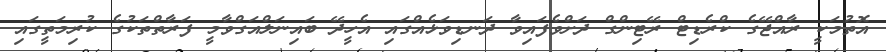
އޮތުމަކީ ރާއްޖޭގެ ކްރެޑިޓް ރޭޓިންގް ދަށްވެފައިވާ ދަނޑިވަޅެއްގައި އެހީދޭ ބައިނަލްއަގްވާމީ ފަރާތްތަކުގެ ކުރިމަތީގައި